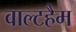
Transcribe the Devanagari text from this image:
वाल्टहैम